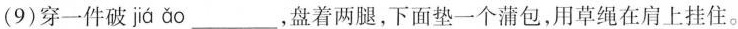
(9)穿一件破 jiá ǎo___，盘着两腿，下面垫一个蒲包，用草绳在肩上挂住。